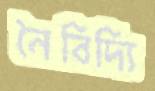
নৈবিদ্যি